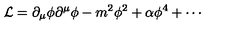
\mathcal { L } = \partial _ { \mu } \phi \partial ^ { \mu } \phi - m ^ { 2 } \phi ^ { 2 } + \alpha \phi ^ { 4 } + \cdots